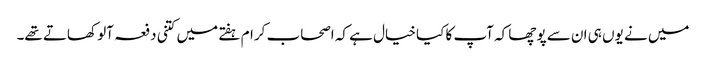
میں نے یوں ہی ان سے پوچھا کہ آپ کا کیا خیال ہے کہ اصحاب کرام ہفتے میں کتنی دفعہ آلو کھاتے تھے۔